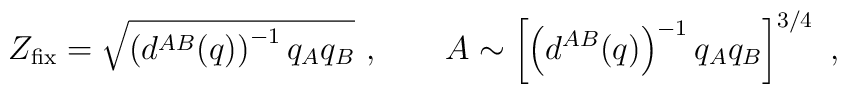
Z_{\rm fix} =\sqrt {  \left (d^{AB}(q)\right)^{-1} q_A q_B} \  ,  \qquad A \sim \left [ \left (d^{AB}(q)\right)^{-1} q_A q_B \right ]^{3/4}  \ ,